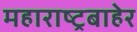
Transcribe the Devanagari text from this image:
महाराष्ट्रबाहेर